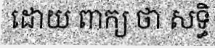
ដោយ ពាក្យ ថា សទ្ធិ